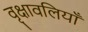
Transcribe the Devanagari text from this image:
वृक्षावलियाँ